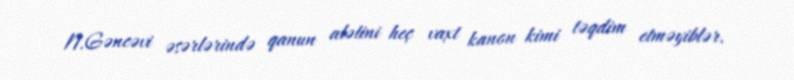
N.Gəncəvi əsərlərində qanun alətini heç vaxt kanon kimi təqdim etməyiblər.